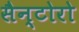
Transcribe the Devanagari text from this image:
सैन्टोरो